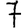
Digit: 7